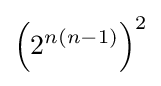
\left(2^{n(n-1)}\right)^{2}